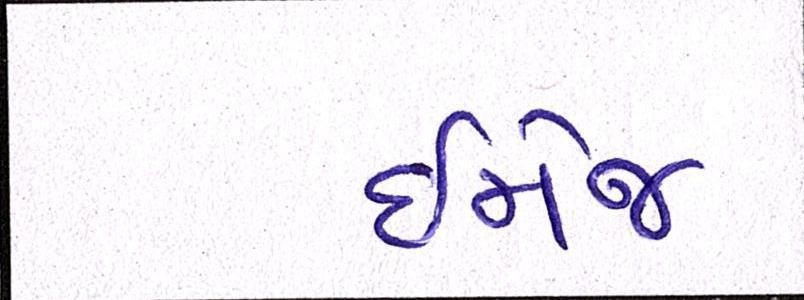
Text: ઇમેજ